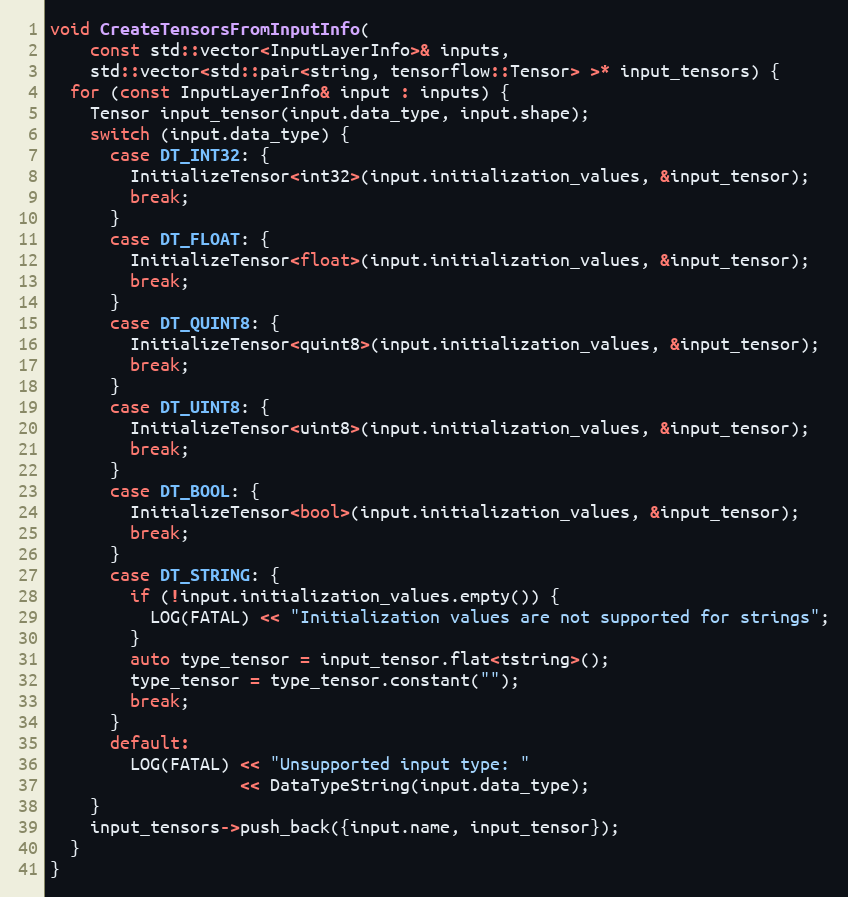
Language: C++
void CreateTensorsFromInputInfo(
    const std::vector<InputLayerInfo>& inputs,
    std::vector<std::pair<string, tensorflow::Tensor> >* input_tensors) {
  for (const InputLayerInfo& input : inputs) {
    Tensor input_tensor(input.data_type, input.shape);
    switch (input.data_type) {
      case DT_INT32: {
        InitializeTensor<int32>(input.initialization_values, &input_tensor);
        break;
      }
      case DT_FLOAT: {
        InitializeTensor<float>(input.initialization_values, &input_tensor);
        break;
      }
      case DT_QUINT8: {
        InitializeTensor<quint8>(input.initialization_values, &input_tensor);
        break;
      }
      case DT_UINT8: {
        InitializeTensor<uint8>(input.initialization_values, &input_tensor);
        break;
      }
      case DT_BOOL: {
        InitializeTensor<bool>(input.initialization_values, &input_tensor);
        break;
      }
      case DT_STRING: {
        if (!input.initialization_values.empty()) {
          LOG(FATAL) << "Initialization values are not supported for strings";
        }
        auto type_tensor = input_tensor.flat<tstring>();
        type_tensor = type_tensor.constant("");
        break;
      }
      default:
        LOG(FATAL) << "Unsupported input type: "
                   << DataTypeString(input.data_type);
    }
    input_tensors->push_back({input.name, input_tensor});
  }
}